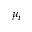
\mu _ { i }